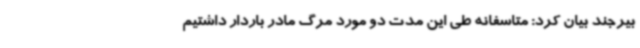
بیرجند بیان کرد: متاسفانه طی این مدت دو مورد مرگ مادر باردار داشتیم